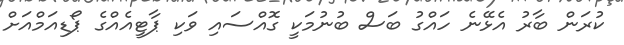
ކުރަން ބާރު އެޅޭނެ ހައްގު ބަސް ބުނުމަކީ ގޮއްސައި ވަކި ޕާޓީއެއްގެ ޕޯޑިއަމްއަށް